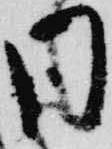
同